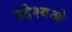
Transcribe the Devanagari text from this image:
उद्देश्यओ